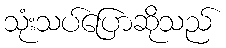
သုံးသပ်ပြောဆိုသည်